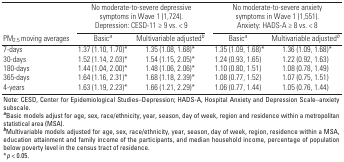
| <ROWSPAN=2> PM2.5 moving averages | <COLSPAN=2> No moderate-to-severe depressive symptoms in Wave 1 (1,724). Depression: CESD-11 ≥ 9 vs. < 9 | <COLSPAN=2> No moderate-to-severe anxiety symptoms in Wave 1 (1,551). Anxiety: HADS-A ≥ 8 vs. < 8 |
 | Basica | Multivariable adjustedb | Basica | Multivariable adjustedb |
 | --- | --- | --- | --- | --- |
 | 7-days | 1.37 (1.10, 1.70)* | 1.35 (1.08, 1.68)* | 1.35 (1.09, 1.68)* | 1.36 (1.09, 1.68)* |
 | 30-days | 1.52 (1.14, 2.03)* | 1.54 (1.15, 2.05)* | 1.24 (0.93, 1.65) | 1.22 (0.92, 1.63) |
 | 180-days | 1.44 (1.04, 2.00)* | 1.48 (1.06, 2.06)* | 1.10 (0.80, 1.51) | 1.08 (0.78, 1.49) |
 | 365-days | 1.64 (1.16, 2.31)* | 1.68 (1.18, 2.39)* | 1.08 (0.77, 1.52) | 1.07 (0.75, 1.51) |
 | 4-years | 1.63 (1.19, 2.23)* | 1.66 (1.21, 2.29)* | 1.06 (0.77, 1.44) | 1.05 (0.76, 1.44) |
 | <COLSPAN=5> Note: CESD, Center for Epidemiological Studies–Depression; HADS-A, Hospital Anxiety and Depression Scale–anxiety subscale. aBasic models adjust for age, sex, race/ethnicity, year, season, day of week, region and residence within a metropolitan statistical area (MSA). bMultivariable models adjusted for age, sex, race/ethnicity, year, season, day of week, region, residence within a MSA, education attainment and family income of the participants, and median household income, percentage of population below poverty level in the census tract of residence. *p < 0.05. |